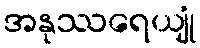
အနုဿရေယျုံ